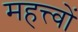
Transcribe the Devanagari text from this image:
महत्त्वों